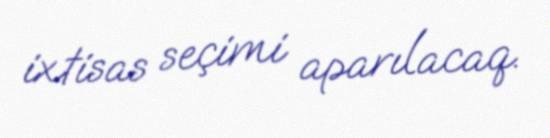
ixtisas seçimi aparılacaq.